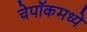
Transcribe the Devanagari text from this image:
चेपॉकमध्ये